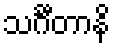
သင်္ဂီတာနိ